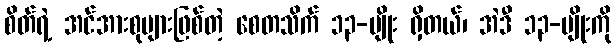
စိတ်ရဲ့ အင်အားစုများဖြစ်တဲ့ စေတသိက် ၁၃-မျိုး ရှိတယ်၊ အဲဒီ ၁၃-မျိုးကို